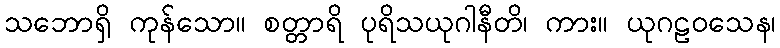
သဘောရှိ ကုန်သော။ စတ္တာရိ ပုရိသယုဂါနီတိ၊ ကား။ ယုဂဠဝသေန၊